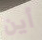
أين